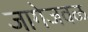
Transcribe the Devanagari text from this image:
जागेजवळ